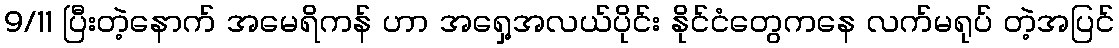
9/11 ပြီးတဲ့နောက် အမေရိကန် ဟာ အရှေ့အလယ်ပိုင်း နိုင်ငံတွေကနေ လက်မရုပ် တဲ့အပြင်